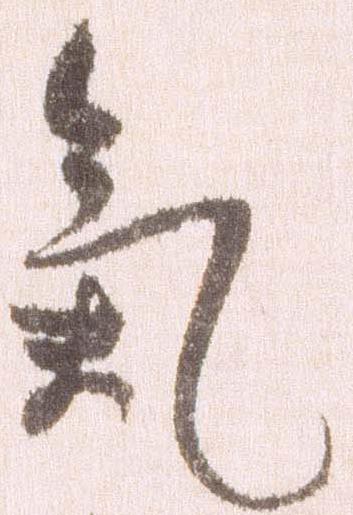
気